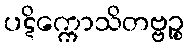
ပဋိက္ကောသိတဗ္ဗဉ္စ